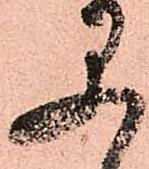
早